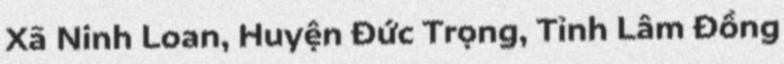
Xã Ninh Loan, Huyện Đức Trọng, Tỉnh Lâm Đồng